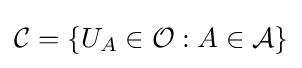
{\mathcal {C}}=\{U_{A}\in {\mathcal {O}}:A\in {\mathcal {A}}\}